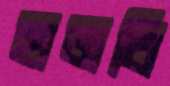
হাজবি